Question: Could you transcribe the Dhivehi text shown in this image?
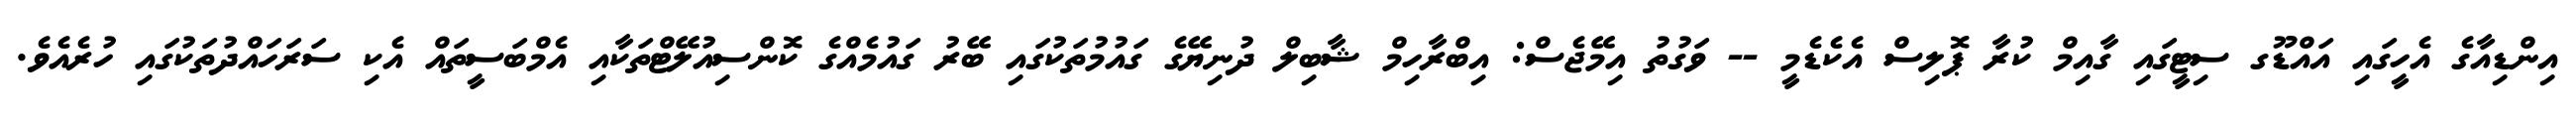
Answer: އިންޑިއާގެ އެހީގައި އައްޑޫގ ސިޓީގައި ގާއިމް ކުރާ ޕޮލިސް އެކެޑެމީ -- ވަގުތު އިމޭޖެސް: އިބްރާހިމް ޝާބިލް ދުނިޔޭގެ ގައުމުތަކުގައި ބޭރު ގައުމެއްގެ ކޮންސިއުލޭޓްތަކާއި އެމްބަސީތައް އެކި ސަރަހައްދުތަކުގައި ހުރެއެވެ.